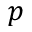
p